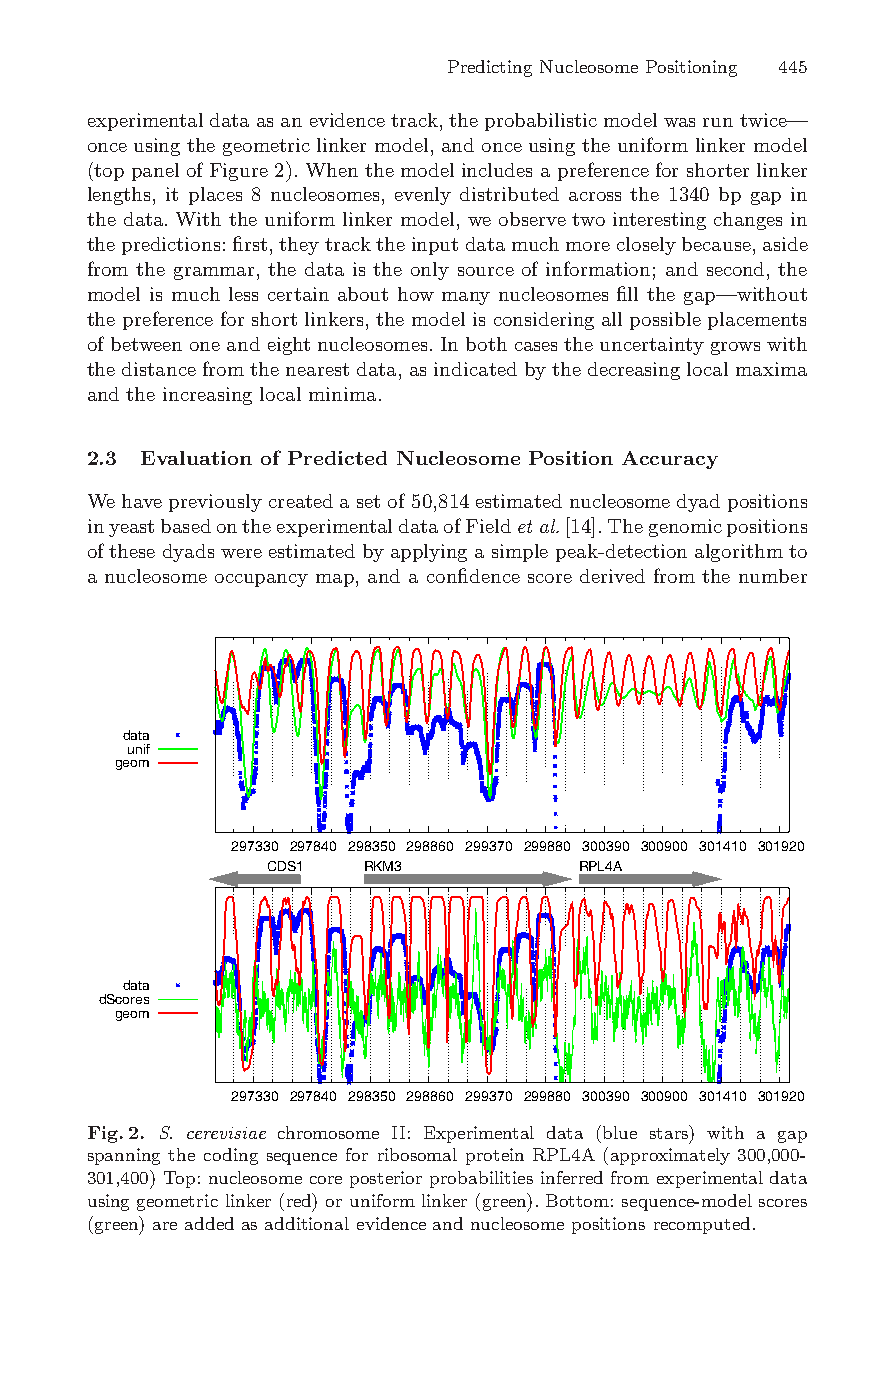
Predicting Nucleosome Positioning 445
 experimentaldataasanevidencetrack,theprobabilisticmodelwasruntwice—
 once using the geometric linker model, and once using the uniform linker model
 (top panelofFigure 2). When the model includes a preferencefor shorter linker
 lengths, it places 8 nucleosomes, evenly distributed across the 1340 bp gap in
 the data. With the uniform linker model, we observe two interesting changes in
 thepredictions:first,theytracktheinputdatamuchmorecloselybecause,aside
 from the grammar, the data is the only source of information; and second, the
 model is much less certain about how many nucleosomes fill the gap—without
 the preference for shortlinkers, the model is considering all possible placements
 ofbetweenoneandeightnucleosomes.In bothcasesthe uncertaintygrowswith
 the distance fromthe nearestdata,asindicated by the decreasinglocalmaxima
 and the increasing local minima.
 2.3 Evaluation of Predicted Nucleosome Position Accuracy
 We havepreviouslycreatedasetof50,814estimatednucleosomedyadpositions
 inyeastbasedontheexperimentaldataofFieldetal.[14].Thegenomicpositions
 ofthese dyadswere estimatedby applying a simple peak-detectionalgorithmto
 a nucleosome occupancy map, and a confidence score derived from the number
 data
 unif
 geom
 297330 297840 298350 298860 299370 299880 300390 300900 301410 301920
 CDS1   RKM3          RPL4A
 data
 dScores
 geom
 297330 297840 298350 298860 299370 299880 300390 300900 301410 301920
 Fig.2. S. cerevisiae chromosome II: Experimental data (blue stars) with a gap
 spanning the coding sequence for ribosomal protein RPL4A (approximately 300,000-
 301,400) Top: nucleosome core posterior probabilities inferred from experimentaldata
 using geometric linker (red) oruniform linker (green).Bottom: sequence-modelscores
 (green) are added as additional evidenceand nucleosome positions recomputed.